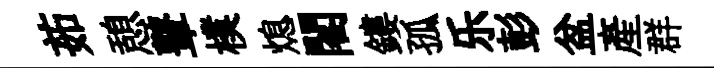
茹憩鼙樸熄閣鏤孤乐彭盆産群